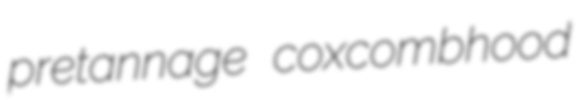
pretannage coxcombhood